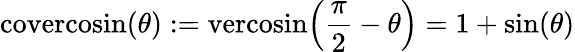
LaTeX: {\textrm{covercosin}}(\theta):={\textrm{vercosin}}\! \left({\frac{\pi}{2}}-\theta\right)=1+\sin(\theta)